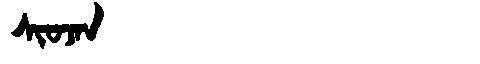
Manchu: ᠰᡳᠣᠵᠠᠨ
Romanization: SIOJAN